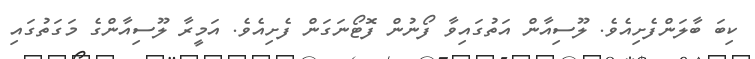
ކިބަ ބާލަންފެށިއެވެ. ލޫސިއާން އަތުގައިވާ ފޯނުން ފޮޓޯނަގަން ފެށިއެވެ. އަމީރާ ލޫސިއާންގެ މަގަތުގައި